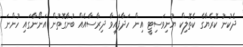
ދެކުނު ކޮރެޔާގެ ކެތޮލިކް ޔުނިވަސިޓީ އިން ހަދާފައިވާ ދިރާސާއެއް ބުނާގޮތުން އަނޯނާގައި ހުންނަ